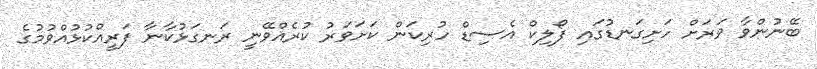
ބޭނުންވާ ވަރަށް ހަށިގަނޑުގައި ފޯލިކް އެސިޑް ހުރިކަން ކަށަވަރު ކުރެއްވޭނީ ރަނގަޅުކާނާ ފަރީއްކުޅުއްވުމުގެ